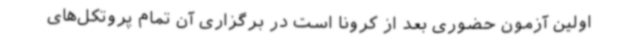
اولین آزمون حضوری بعد از کرونا است در برگزاری آن تمام پروتکل‌های